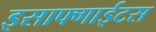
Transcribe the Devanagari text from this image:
इसाफ्गाईटस